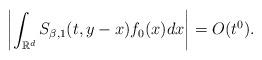
LaTeX: \begin{align*}\left|\int_{\mathbb{R}^{d}}S_{\beta, 1}(t,y-x)f_{0}(x)dx\right| = O(t^{0}).\end{align*}